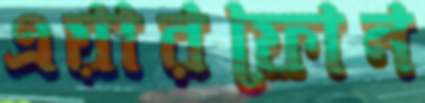
এয়ারফোন